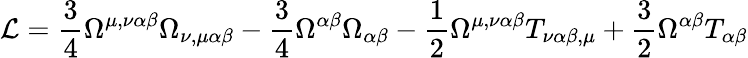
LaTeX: {\cal L}=\frac{3}{4}\Omega^{\mu,\nu\alpha\beta}\Omega_{\nu,\mu\alpha\beta}-\frac{3}{4}\Omega^{\alpha\beta}\Omega_{\alpha\beta}-\frac{1}{2}\Omega^{\mu,\nu\alpha\beta}T_{\nu\alpha\beta,\mu}+\frac{3}{2}\Omega^{\alpha\beta}T_{\alpha\beta}